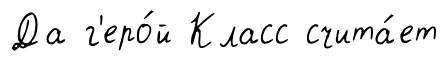
Да г'еро́й Класс счита́ет